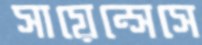
সায়েন্সেসে